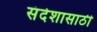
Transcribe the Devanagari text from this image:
संदेशासाठी